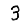
Digit: 3